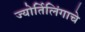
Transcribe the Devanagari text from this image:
ज्‍योर्तिलिंगाचे